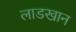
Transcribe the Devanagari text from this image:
लाडखान